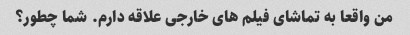
من واقعا به تماشای فیلم های خارجی علاقه دارم. شما چطور؟